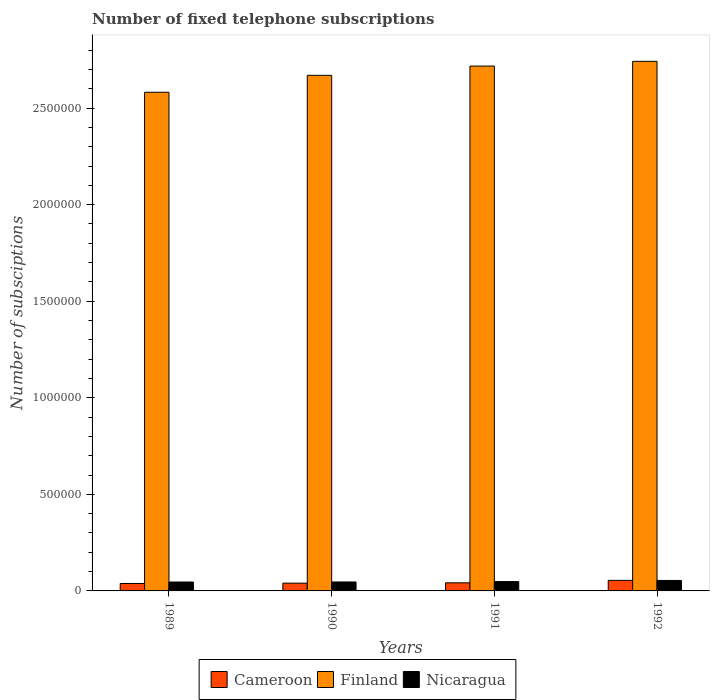
| Years | Cameroon | Finland | Nicaragua |
 | --- | --- | --- | --- |
 | 1989 | 3.85e+04 | 2.58e+06 | 4.62e+04 |
 | 1990 | 4.02e+04 | 2.67e+06 | 4.63e+04 |
 | 1991 | 4.19e+04 | 2.72e+06 | 4.83e+04 |
 | 1992 | 5.47e+04 | 2.74e+06 | 5.43e+04 |